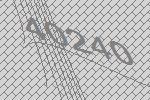
40240